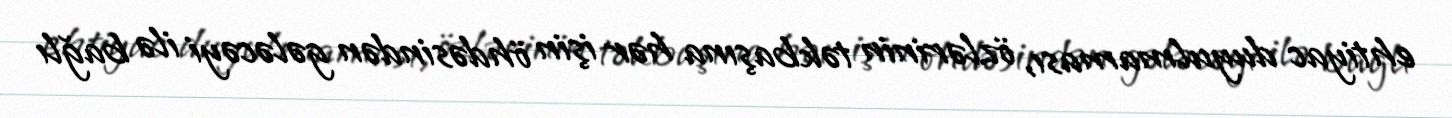
ehtiyac duyulmaması, özlərinin təkbaşına hər işin öhdəsindən gələcəyi ilə bağlı